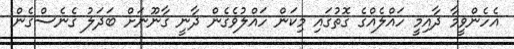
އެހެންވީމާ ދާއިމީ ހައްލެއްގެ ގޮތުގައި މިކަން ހައްލުވެގެން ދާނީ ގާނޫނަށް ބަދަލު ގެނެސްގެން